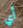
أي